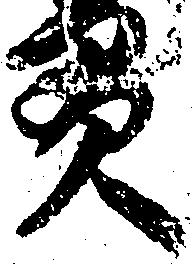
貫